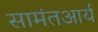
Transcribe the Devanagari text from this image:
सामंतआर्य